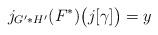
LaTeX: \begin{align*}j_{G'*H'}(F^*)\big( j[\gamma]\big) = y \end{align*}